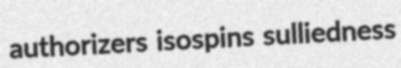
authorizers isospins sulliedness